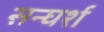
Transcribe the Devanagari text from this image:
सन्घर्श